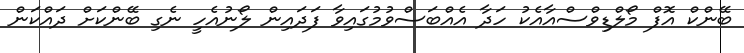
ބޭންކް އޮފް މޯލްޑިވްސްއާއެކު ހަދާ އެއްބަސްވުމުގައިވާ ފަދައިން ލޯނުއެހީ ނެގި ބޭންކަށް ދައްކަން